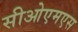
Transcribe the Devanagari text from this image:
सीओएमएस